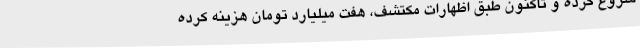
شروع کرده و تاکنون طبق اظهارات مکتشف، هفت میلیارد تومان هزینه کرده